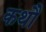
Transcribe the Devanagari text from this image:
कथौ